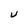
Character: U